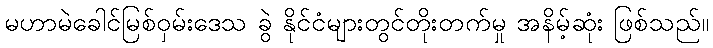
မဟာမဲခေါင်မြစ်ဝှမ်းဒေသ ခွဲ နိုင်ငံများတွင်တိုးတက်မှု အနိမ့်ဆုံး ဖြစ်သည်။